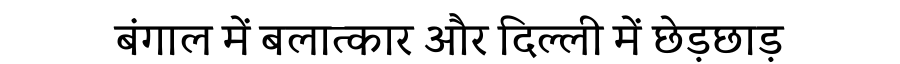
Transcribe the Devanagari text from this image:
बंगाल में बलात्कार और दिल्ली में छेड़छाड़